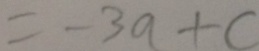
= - 3 a + c